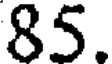
85.